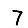
Digit: 7